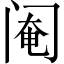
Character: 阉